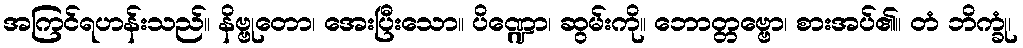
အကြင်ရဟန်းသည်။ နိဗ္ဗုတော၊ အေးပြီးသော။ ပိဏ္ဍော၊ ဆွမ်းကို။ ဘောတ္တဗ္ဗော၊ စားအပ်၏။ တံ ဘိက္ခုံ၊